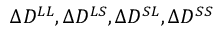
\Delta D ^ { L L } , \Delta D ^ { L S } , \Delta D ^ { S L } , \Delta D ^ { S S }